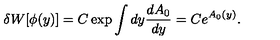
\delta W [ \phi ( y ) ] = C \exp \int d y \frac { d A _ { 0 } } { d y } = C e ^ { A _ { 0 } ( y ) } .